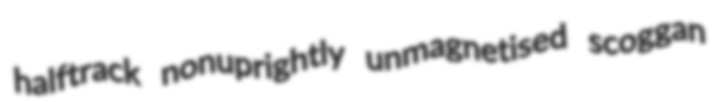
halftrack nonuprightly unmagnetised scoggan